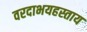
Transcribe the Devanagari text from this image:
वरदाभयहस्ताय